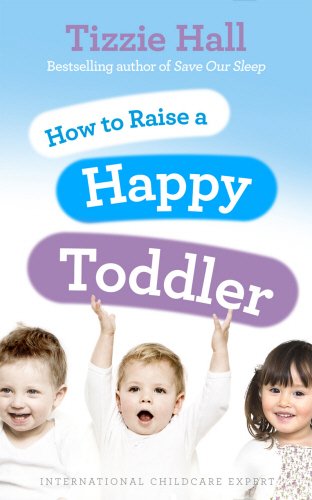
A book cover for How to Raise a Happy Toddler; Tizzie Hall; Parenting & Relationships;